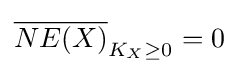
{\overline {NE(X)}}_{K_{X}\geq 0}=0